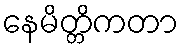
နေမိတ္တိကတာ